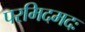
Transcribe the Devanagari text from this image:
परमिदमदः